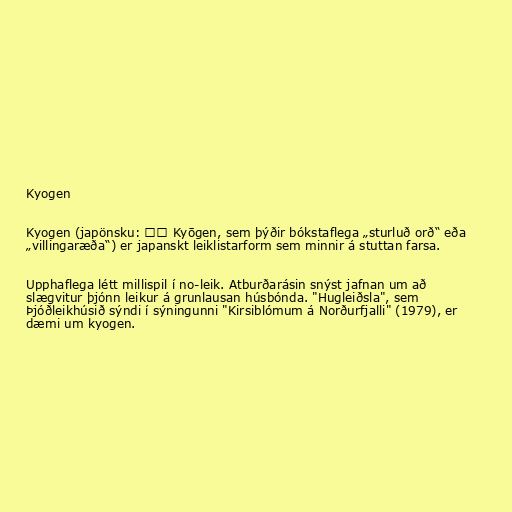
Kyogen

Kyogen (japönsku: 狂言 Kyōgen, sem þýðir bókstaflega „sturluð orð“ eða
„villingaræða“) er japanskt leiklistarform sem minnir á stuttan farsa.

Upphaflega létt millispil í no-leik. Atburðarásin snýst jafnan um að
slægvitur þjónn leikur á grunlausan húsbónda. "Hugleiðsla", sem
Þjóðleikhúsið sýndi í sýningunni "Kirsiblómum á Norðurfjalli" (1979), er
dæmi um kyogen.